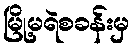
မြို့မရဲစခန်းမှ